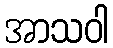
အာသဝါ